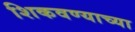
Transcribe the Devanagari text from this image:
शिकवण्याच्या